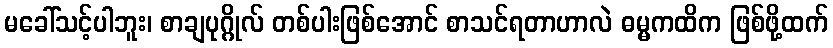
မခေါ်သင့်ပါဘူး၊ စာချပုဂ္ဂိုလ် တစ်ပါးဖြစ်အောင် စာသင်ရတာဟာလဲ ဓမ္မကထိက ဖြစ်ဖို့ထက်